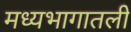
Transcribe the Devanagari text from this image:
मध्यभागातली